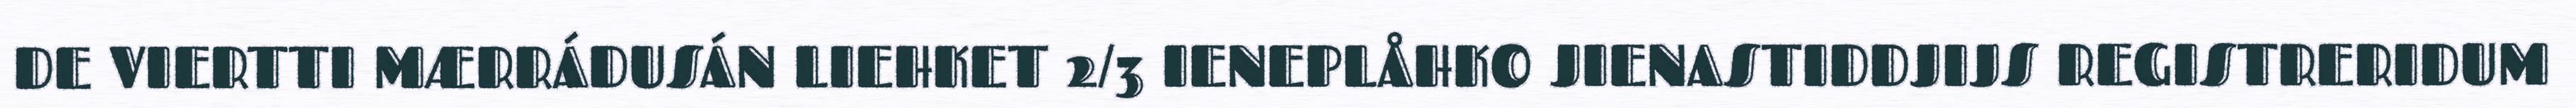
DE VIERTTI MÆRRÁDUSÁN LIEHKET 2/3 IENEPLÅHKO JIENASTIDDJIJS REGISTRERIDUM